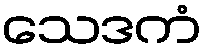
သေဒကံ